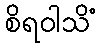
စိရဝါသိံ